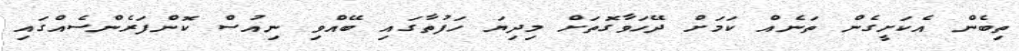
ތިބެން އެކަށީގެން ތަނެއް ކަމަށް ދޭހަވާގޮތަށް މިދިޔަ ހަފުތާގައި ބޭއްވި ނިއުސް ކޮންފަރެންސެއްގައި